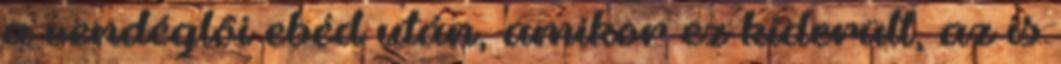
a vendéglõi ebéd után, amikor ez kiderült, az is